Report of an investigation into the causes of malaria in Bombay and the measures necessary for its control
Disease focus: Malaria
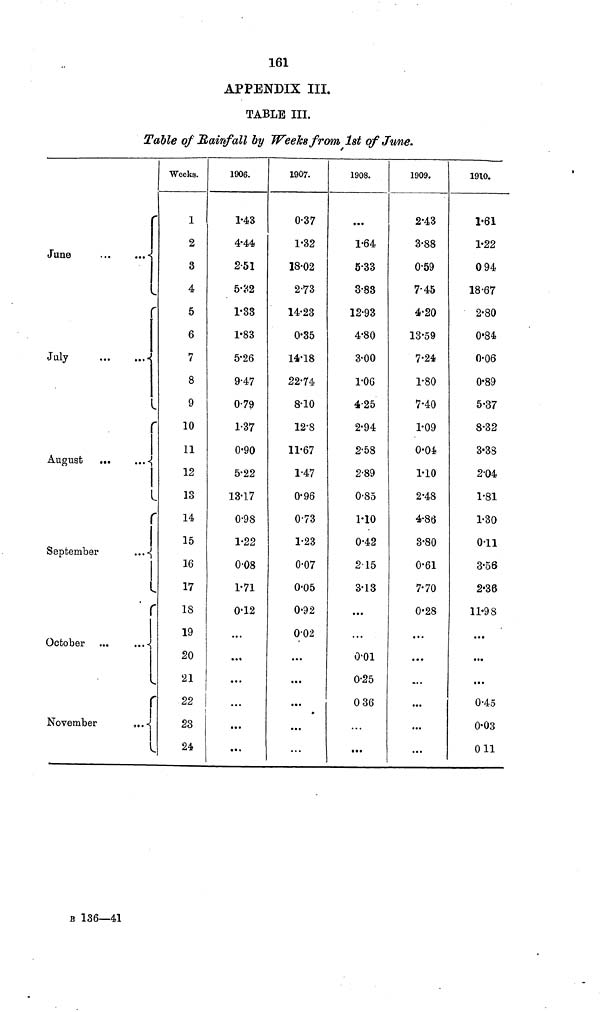
161
APPENDIX III.
TABLE III.
Table of Mainfall by Weeks from 1st of June.
r
June
,..
...«
r
July
-
I
August
...
...<{
|
i
I
r
|
September
...-{
i
r
October
\
f
November
.,..^I
Weeks.
1
2
3
4
5
6
7
8
9
10
11
12
13
14
15
16
17
18
19
20
21
22
23
24
1906.
1-43
4-44
2-51
5-S2
1-33
1-83
5-26
9-47
0-79
1-37
0-90
5-22
13-17
0-98
1-22
0-08
1-71
0-12
...
• • «
• • •
...
...
1907.
0-37
1-32
18-02
2-73
14-23
0-35
14-18
22-74
8-10
12-8
11-67
1-47
0-96
0-73
1-23
0-07
0-05
0-92
0-02
...
• • •
• • *
...
1908.
1-64
5-33
3-83
12-93
4-80
3-00
1-0G
4-25
2-94
2'58
2-89
0-85
MO
0-42
215
3-13
...
...
O'Ol
0-25
0 36
...
...
1909.
2-43
3-88
0-59
7-45
4-20
13-59
7-24
1-80
7-40
1-09
0-Oé
1-10
2-48
4-86
3-80
0-61
7-70
0-28
...
...
...
...
...
...
1910.
1-61
1-22
0 94
18-67
2-80
0*84
0-06
0-89
5-37
8-32
3-38
2-04
1-81
1-30
0-11
3-56
2*36
11-98
...
...
...
0-45
0-03
011
B 136—41